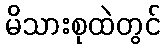
မိသားစုထဲတွင်